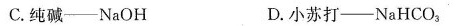
C.纯碱——NaOH D.小苏打——NaHCO_{3}